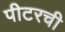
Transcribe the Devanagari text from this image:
पीटरची